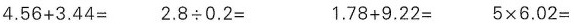
$$4 . 5 6 + 3 . 4 4 =$$ $$2 . 8 \div 0 . 2 =$$ $$1 . 7 8 + 9 . 2 2 =$$ $$5 \times 6 . 0 2 = $$